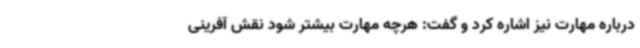
درباره مهارت نیز اشاره کرد و گفت: هرچه مهارت بیشتر شود نقش آفرینی